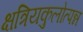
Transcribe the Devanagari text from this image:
क्षत्रियकुलोत्पन्न